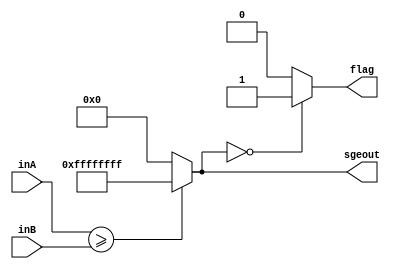
`timescale 1ns / 1ps
//////////////////////////////////////////////////////////////////////////////////
// Company: 
// Engineer: 
// 
// Design Name: 
// Module Name: SGE
// Project Name: 
// Target Devices: 
// Tool Versions: 
// Description: 
// 
// Dependencies: 
// 
// Revision:
// Revision 0.01 - File Created
// Additional Comments:
// 
//////////////////////////////////////////////////////////////////////////////////


module SGE(inA, inB, sgeout, flag);
    input [31:0] inA;
    input [31:0] inB;
    output reg [31:0] sgeout;
    output reg flag;
    
    always@(*) begin
        sgeout = ($signed(inA)>=$signed(inB))?32'b11111111111111111111111111111111:32'b0;
        if(sgeout==0)
            flag = 1;
        else
            flag = 0;
    end
endmodule